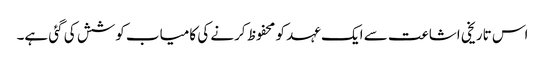
اس تاریخی اشاعت سے ایک عہد کو محفوظ کرنے کی کامیاب کوشش کی گئی ہے۔